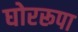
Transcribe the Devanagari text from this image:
घोररूपा